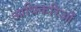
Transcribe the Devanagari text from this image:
आधिकरिओं